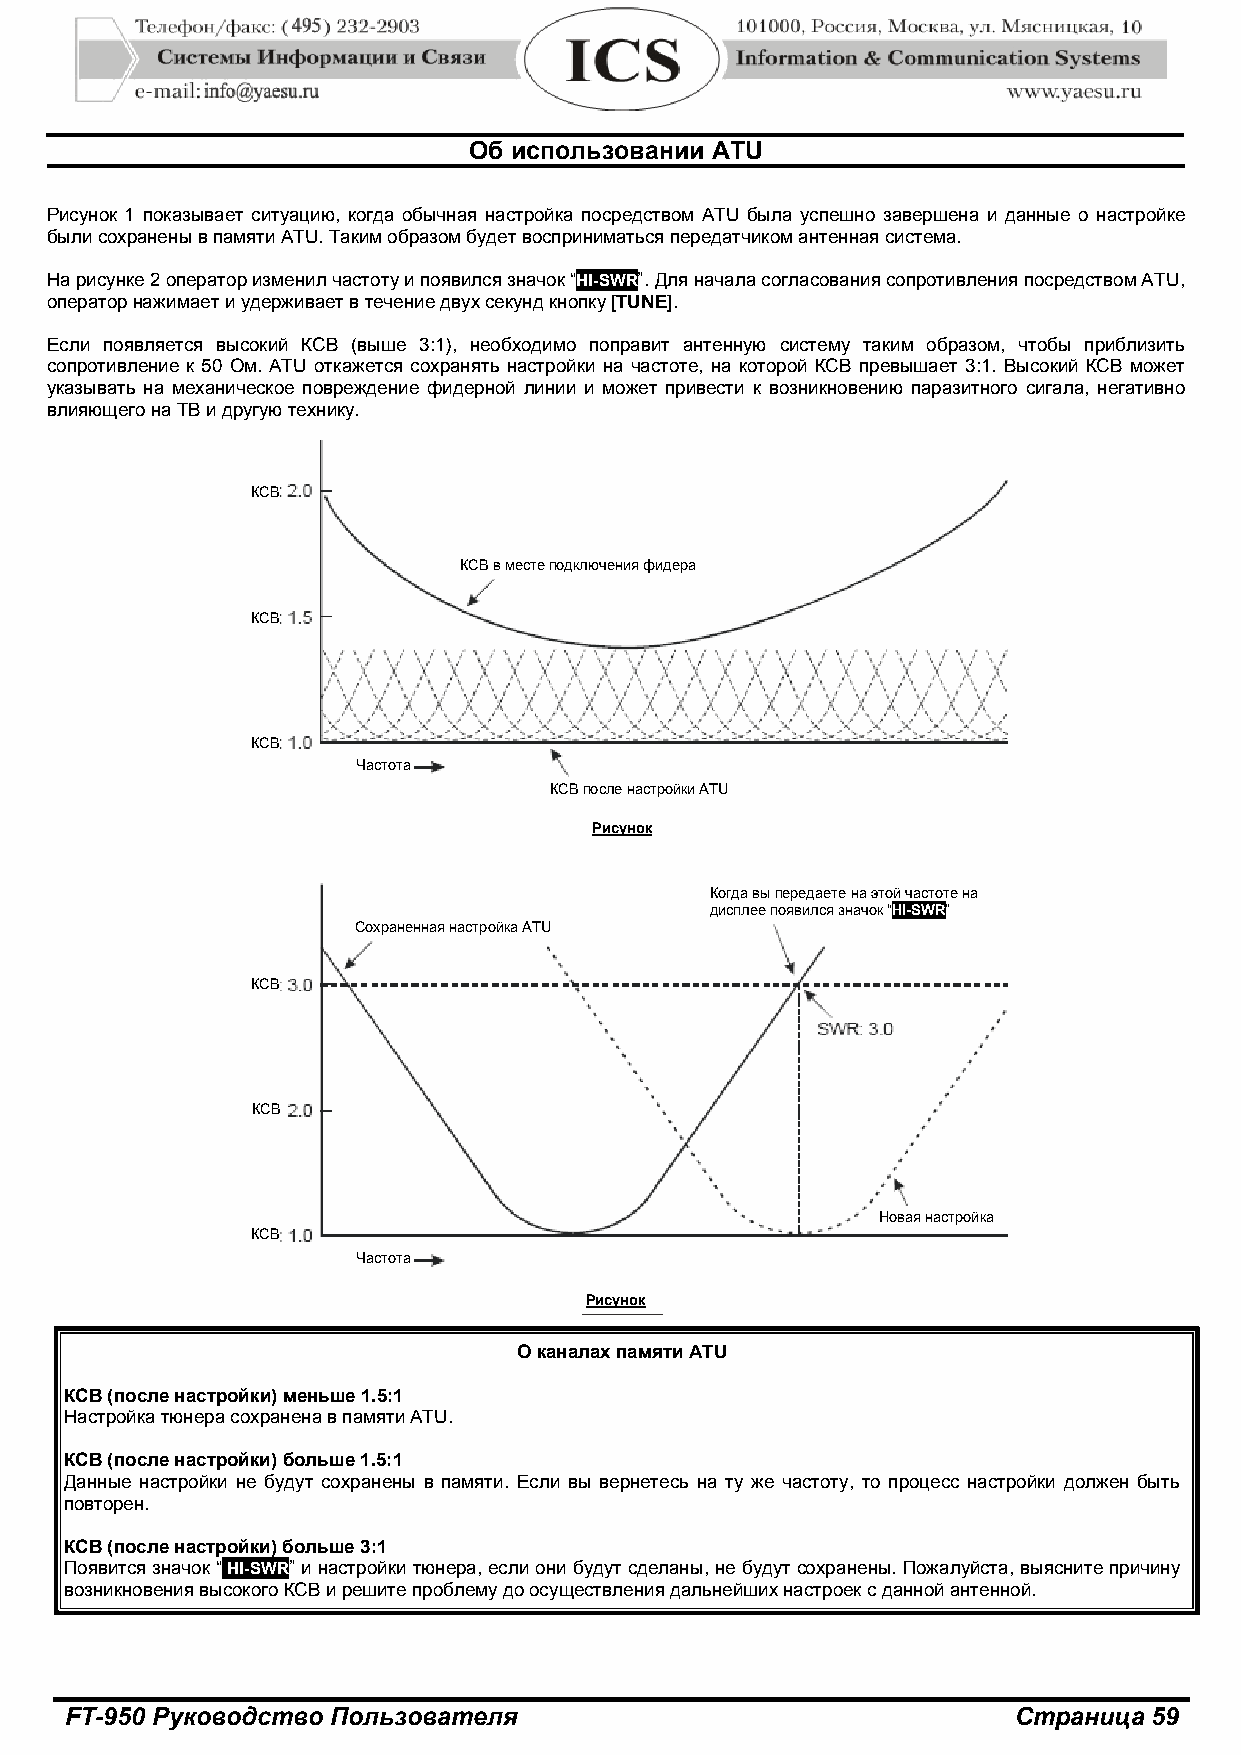
Об использовании ATU
 Рисунок 1 показывает ситуацию, когда обычная настройка посредством ATU была успешно завершена и данные о настройке
 были сохранены в памяти ATU. Таким образом будет восприниматься передатчиком антенная система.
 На рисунке 2 оператор изменил частоту и появился значок “HI-SWR”. Для начала согласования сопротивления посредством ATU,
 оператор нажимает и удерживает в течение двух секунд кнопку [TUNE].
 Если появляется высокий КСВ (выше 3:1), необходимо поправит антенную систему таким образом, чтобы приблизить
 сопротивление к 50 Ом. ATU откажется сохранять настройки на частоте, на которой КСВ превышает 3:1. Высокий КСВ может
 указывать на механическое повреждение фидерной линии и может привести к возникновению паразитного сигала, негативно
 влияющего на ТВ и другую технику.
 КСВ
 КСВ в месте подключения фидера
 КСВ
 КСВ
 Частота
 КСВ после настройки ATU
 Рисунок
 Когда вы передаете на этой частоте на
 дисплее появился значок “HI-SWR”
 Сохраненная настройка ATU
 КСВ
 КСВ
 Новая настройка
 КСВ
 Частота
 Рисунок
 О каналах памяти ATU
 КСВ (после настройки) меньше 1.5:1
 Настройка тюнера сохранена в памяти ATU.
 КСВ (после настройки) больше 1.5:1
 Данные настройки не будут сохранены в памяти. Если вы вернетесь на ту же частоту, то процесс настройки должен быть
 повторен.
 КСВ (после настройки) больше 3:1
 Появится значок “ HI-SWR” и настройки тюнера, если они будут сделаны, не будут сохранены. Пожалуйста, выясните причину
 возникновения высокого КСВ и решите проблему до осуществления дальнейших настроек с данной антенной.
 FT-950 Руководство Пользователя                                Страница 59